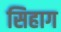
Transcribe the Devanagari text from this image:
सिहाग